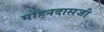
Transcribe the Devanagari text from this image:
मोहनदासजी